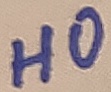
Text: HO